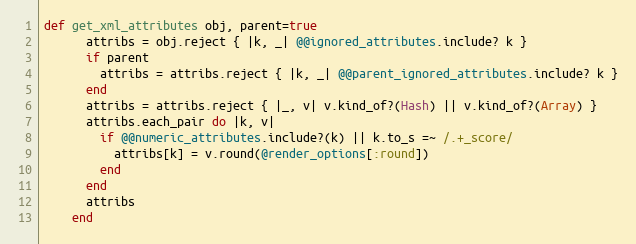
Language: Ruby
def get_xml_attributes obj, parent=true
      attribs = obj.reject { |k, _| @@ignored_attributes.include? k }
      if parent
        attribs = attribs.reject { |k, _| @@parent_ignored_attributes.include? k }
      end
      attribs = attribs.reject { |_, v| v.kind_of?(Hash) || v.kind_of?(Array) }
      attribs.each_pair do |k, v|
        if @@numeric_attributes.include?(k) || k.to_s =~ /.+_score/
          attribs[k] = v.round(@render_options[:round])
        end
      end
      attribs
    end